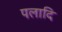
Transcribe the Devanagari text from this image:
पलादि